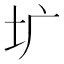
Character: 圹